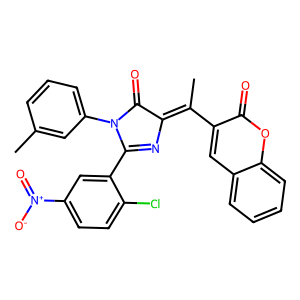
SMILES: CC(=C1N=C(c2cc([N+](=O)[O-])ccc2Cl)N(c2cccc(C)c2)C1=O)c1cc2ccccc2oc1=O
Inhibits HIV replication: No